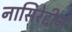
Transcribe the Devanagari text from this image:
नासिरेद्दीन